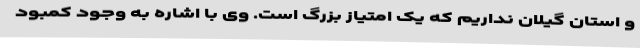
و استان گیلان نداریم که یک امتیاز بزرگ است. وی با اشاره به وجود کمبود